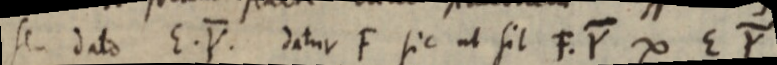
se dato E. Y. datur F sic ut sit F. Y ∞ E Y